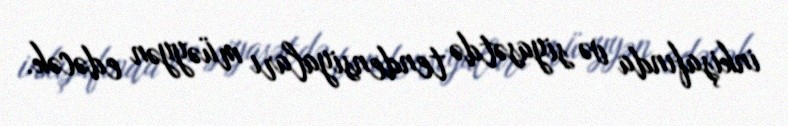
inkişafında və siyasətdə tendensiyaları müəyyən edəcək.